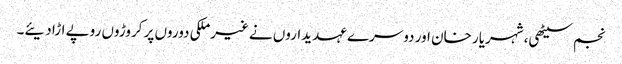
نجم سیٹھی، شہریار خان اور دوسرے عہدیداروں نے غیرملکی دوروں پر کروڑوں روپے اڑا دیئے۔